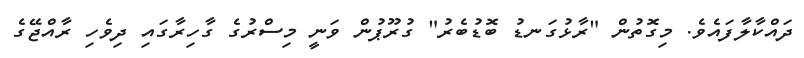
ދައްކާލާފައެެވެ. މިގޮތުން "ރާޅުގަނޑު ބޮޑުބެރު" ގުރޫޕުން ވަނީ މިސްރުގެ ގާހިރާގައި ދިވެހި ރާއްޖޭގެ